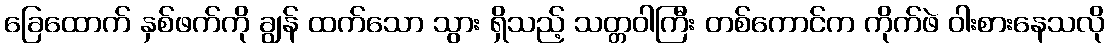
ခြေထောက် နှစ်ဖက်ကို ချွန် ထက်သော သွား ရှိသည့် သတ္တဝါကြီး တစ်ကောင်က ကိုက်ဖဲ ဝါးစားနေသလို